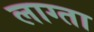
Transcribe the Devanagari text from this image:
लाग्ता